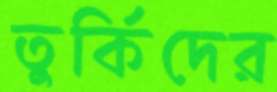
তুর্কিদের